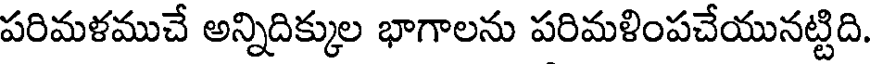
పరిమళముచే అన్నిదిక్కుల భాగాలను పరిమళింపచేయునట్టిది.